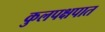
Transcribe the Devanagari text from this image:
कुलपक्षपात